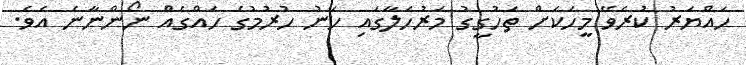
ހައްޔަރު ކުރެވޭ މީހަކަށް ތަހުގީގު މަރުހަލާގައި ހަނު ހުރުމުގެ ހައްގެއް ނޯންނާނެ އެވެ.